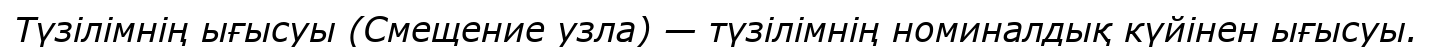
Түзілімнің ығысуы (Смещение узла) — түзілімнің номиналдық күйінен ығысуы.